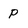
Character: P